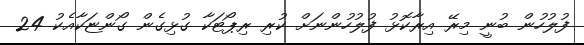
ފުލުހުން ބުނީ މިރޭ އިރާކޮޅު ފުލުހުންނަށް ކުރި ރިޕޯޓަކާ ގުޅިގެން ގޯންޏަކާއެކު 24